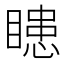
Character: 瞣